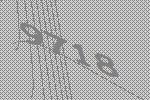
9718